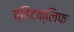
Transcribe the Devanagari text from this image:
व्हिटक्लिफ